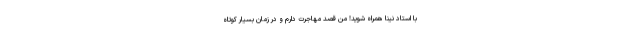
با استاد نینا همراه شوید! من قصد مهاجرت دارم و در زمان بسیار کوتاه